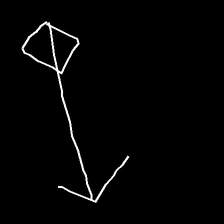
Glyph: focus